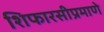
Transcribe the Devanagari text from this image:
शिफारसीप्रमाणे